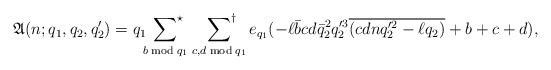
\begin{align*}\mathfrak{A}(n;q_1,q_2,q_2')=q_1\sideset{}{^\star}\sum_{b\bmod{q_1}}\;\sideset{}{^\dagger}\sum_{c,d\bmod{q_1}}e_{q_1}(-\ell \bar{b}cd\bar{q}_2^2q_2'^3\overline{(cdnq_2'^2-\ell q_2)}+b+c+d),\end{align*}